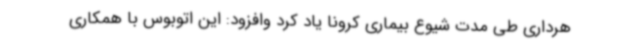
هرداری طی مدت شیوع بیماری کرونا یاد کرد وافزود: این اتوبوس با همکاری